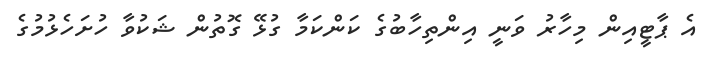
އެ ޕާޓީއިން މިހާރު ވަނީ އިންތިހާބުގެ ކަންކަމާ ގުޅޭ ގޮތުން ޝަކުވާ ހުށަހެޅުމުގެ